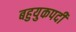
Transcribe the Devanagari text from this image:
बहुयुकपदी